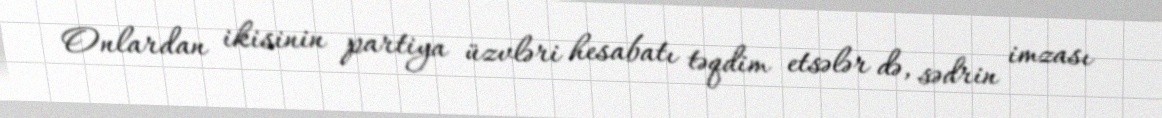
Onlardan ikisinin partiya üzvləri hesabatı təqdim etsələr də, sədrin imzası